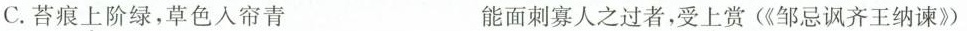
C.苔痕上阶绿，草色入帘青 能面刺寡人之过者，受上赏(《邹忌讽齐王纳谏》)